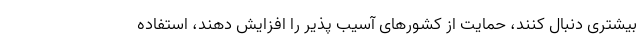
بیشتری دنبال کنند، حمایت از کشورهای آسیب پذیر را افزایش دهند، استفاده